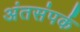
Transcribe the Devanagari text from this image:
अंतसंपर्क